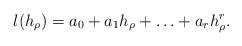
LaTeX: \begin{align*}l(h_\rho)=a_0+a_1h_\rho+\ldots+a_rh_\rho^r.\end{align*}